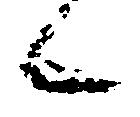
候